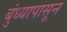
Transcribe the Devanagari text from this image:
बुंध्यापासून